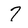
Character: 7